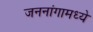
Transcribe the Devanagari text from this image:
जननांगामध्ये